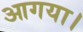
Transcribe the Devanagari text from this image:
आगया।